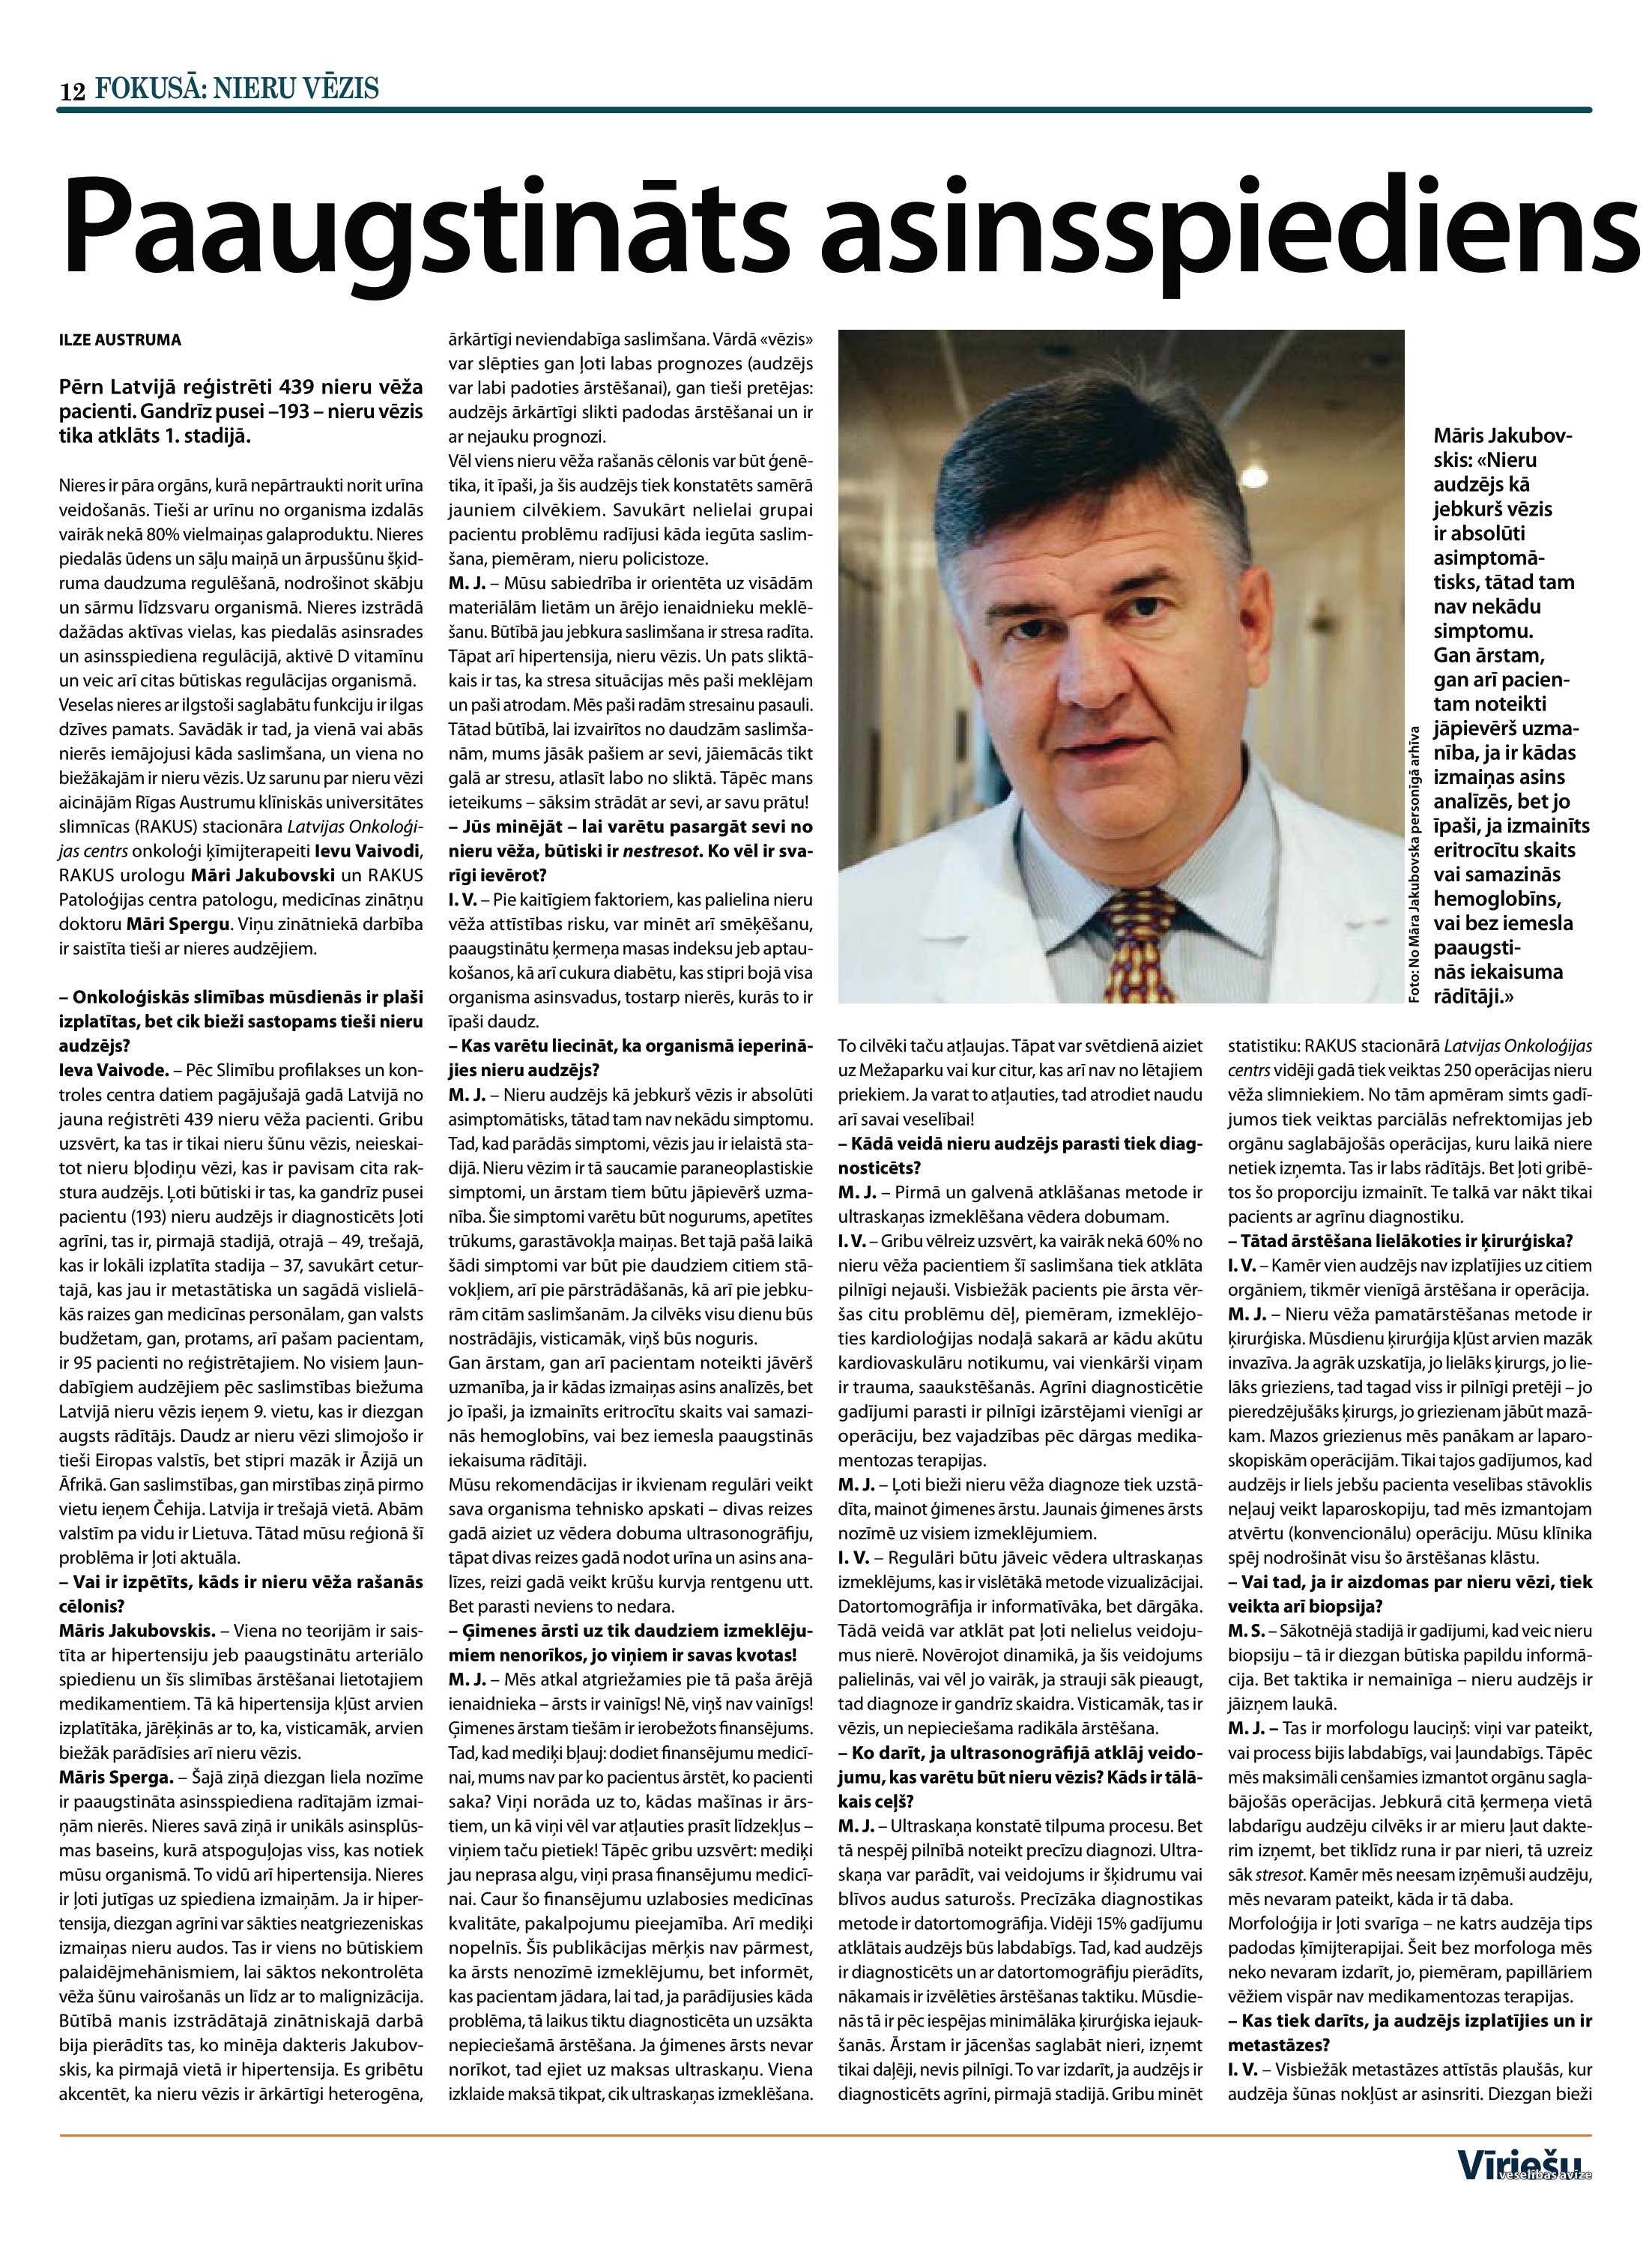
Language: lv